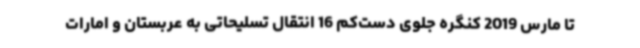
تا مارس 2019 کنگره جلوی دست‌کم 16 انتقال تسلیحاتی به عربستان و امارات